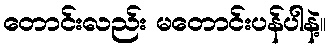
တောင်းလည်း မတောင်းပန်ပါနဲ့။